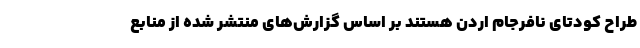
طراح کودتای نافرجام اردن هستند بر اساس گزارش‌های منتشر شده از منابع